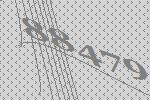
88479